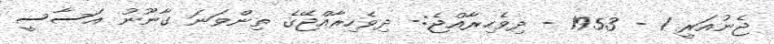
ޖެނުއަރީ 1 - 1953 - ދިވެހިރާއްޖެ:- ދިވެހިރާއްޖޭގެ ތިންވަނަ ގާނޫނު އަސާސީ